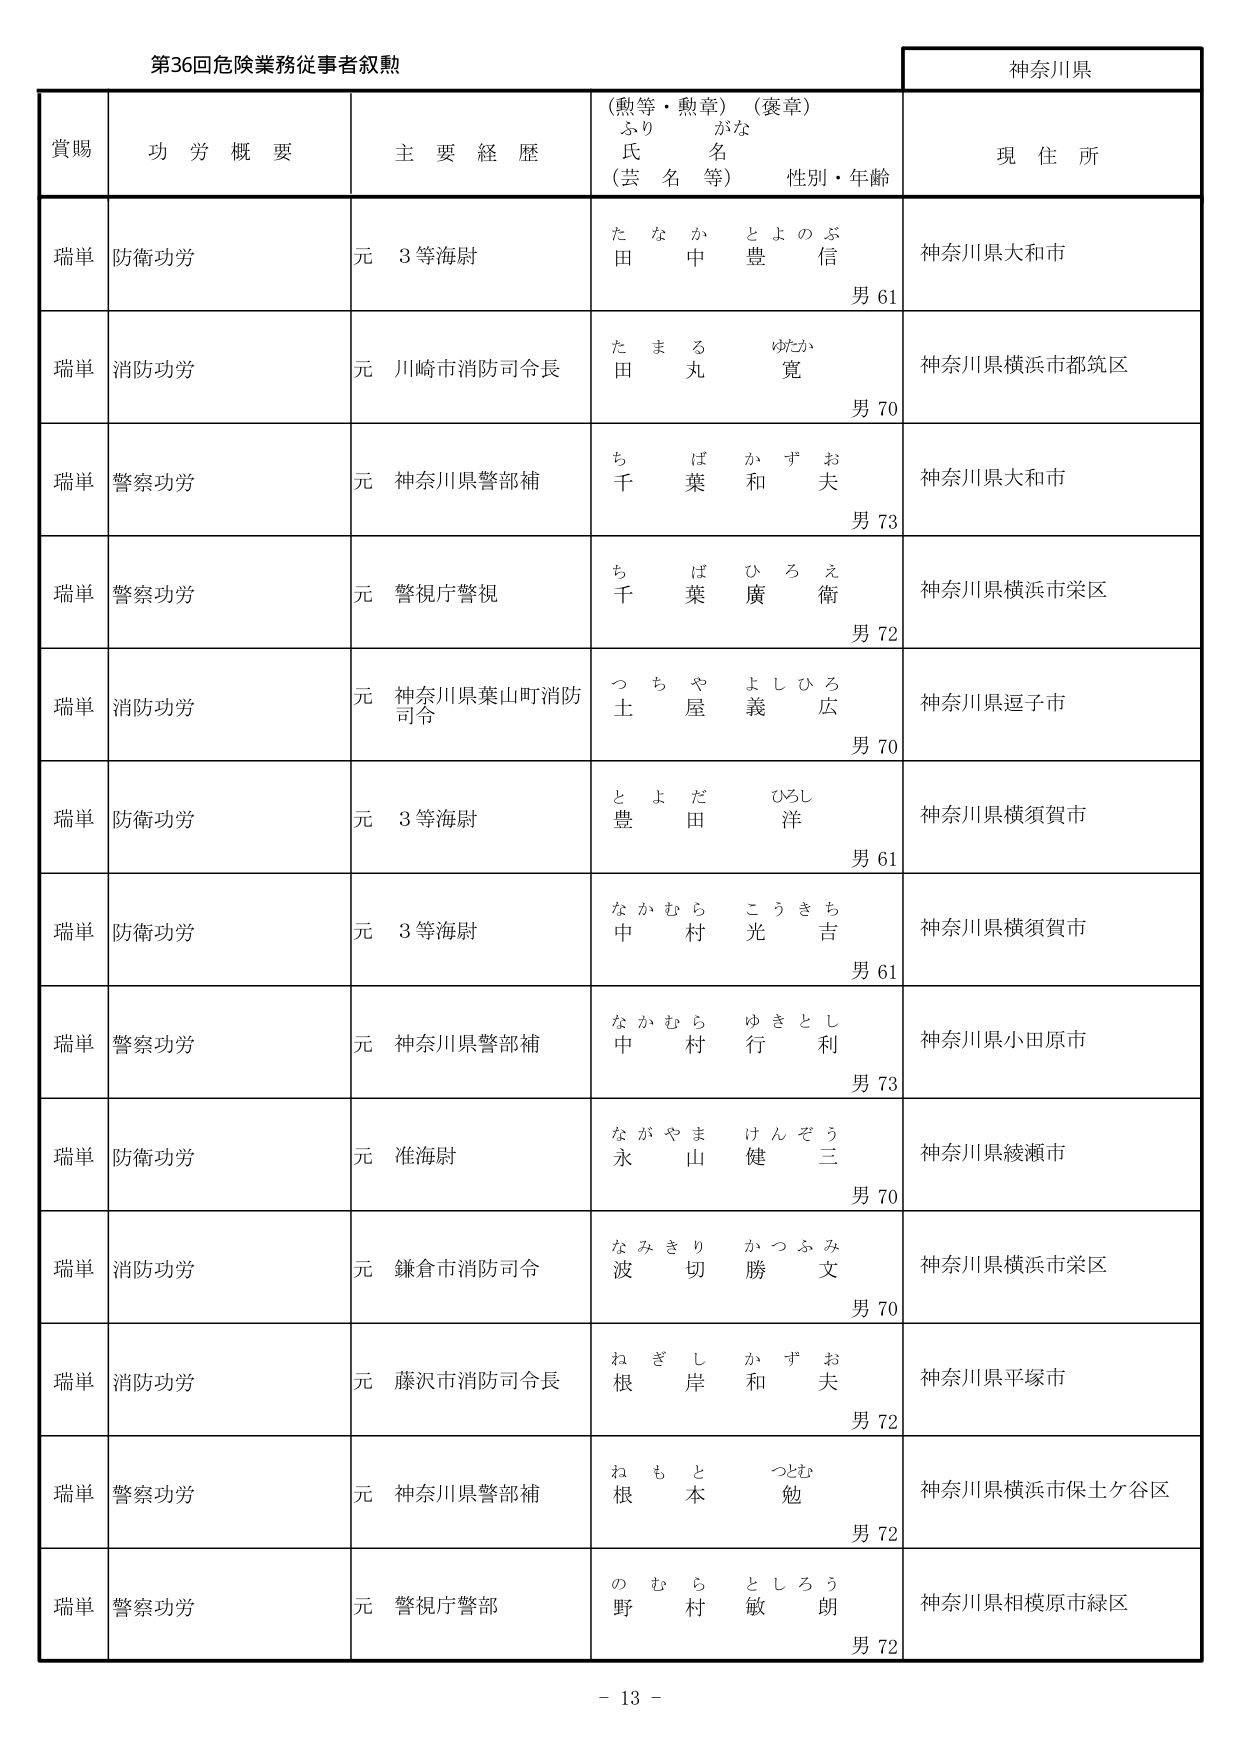
第36回危険業務従事者叙勲

神奈川県

賞賜　　功労概要　　主要経歴　　（勲等・勲章）（褒章）　　現住所
　　　　　　　　　　　　ふりがな
　　　　　　　　　　　　氏名（芸名等）　　性別・年齢

瑞単　防衛功労　　元 3等海尉　　たなか とよのぶ　　神奈川県大和市
　　　　　　　　　　　　　　　　　　田中 豊信　　男 61

瑞単　消防功労　　元 川崎市消防司令長　　たま る ゆたか　　神奈川県横浜市都筑区
　　　　　　　　　　　　　　　　　　　　田丸 寛　　男 70

瑞単　警察功労　　元 神奈川県警部補　　ちば かずお　　神奈川県大和市
　　　　　　　　　　　　　　　　　　　　千葉 和夫　　男 73

瑞単　警察功労　　元 警視庁警視　　ちば ひろえ　　神奈川県横浜市栄区
　　　　　　　　　　　　　　　　　　　　千葉 廣衛　　男 72

瑞単　消防功労　　元 神奈川県葉山町消防司令　　つちや よしひろ　　神奈川県逗子市
　　　　　　　　　　　　　　　　　　　　　　　　土屋 義広　　男 70

瑞単　防衛功労　　元 3等海尉　　とよだ ひろし　　神奈川県横須賀市
　　　　　　　　　　　　　　　　　　豊田 洋　　男 61

瑞単　防衛功労　　元 3等海尉　　なかむら こうきち　　神奈川県横須賀市
　　　　　　　　　　　　　　　　　　中村 光吉　　男 61

瑞単　警察功労　　元 神奈川県警部補　　なかむら ゆきとし　　神奈川県小田原市
　　　　　　　　　　　　　　　　　　　　中村 行利　　男 73

瑞単　防衛功労　　元 准海尉　　ながやま けんぞう　　神奈川県綾瀬市
　　　　　　　　　　　　　　　　　　永山 健三　　男 70

瑞単　消防功労　　元 鎌倉市消防司令　　なみきり かつふみ　　神奈川県横浜市栄区
　　　　　　　　　　　　　　　　　　　　波切 勝文　　男 70

瑞単　消防功労　　元 藤沢市消防司令長　　ねぎし かずお　　神奈川県平塚市
　　　　　　　　　　　　　　　　　　　　根岸 和夫　　男 72

瑞単　警察功労　　元 神奈川県警部補　　ねもと つとむ　　神奈川県横浜市保土ケ谷区
　　　　　　　　　　　　　　　　　　　　根本 勉　　男 72

瑞単　警察功労　　元 警視庁警部　　のむら としろう　　神奈川県相模原市緑区
　　　　　　　　　　　　　　　　　　野村 敏朗　　男 72

－ 13 －